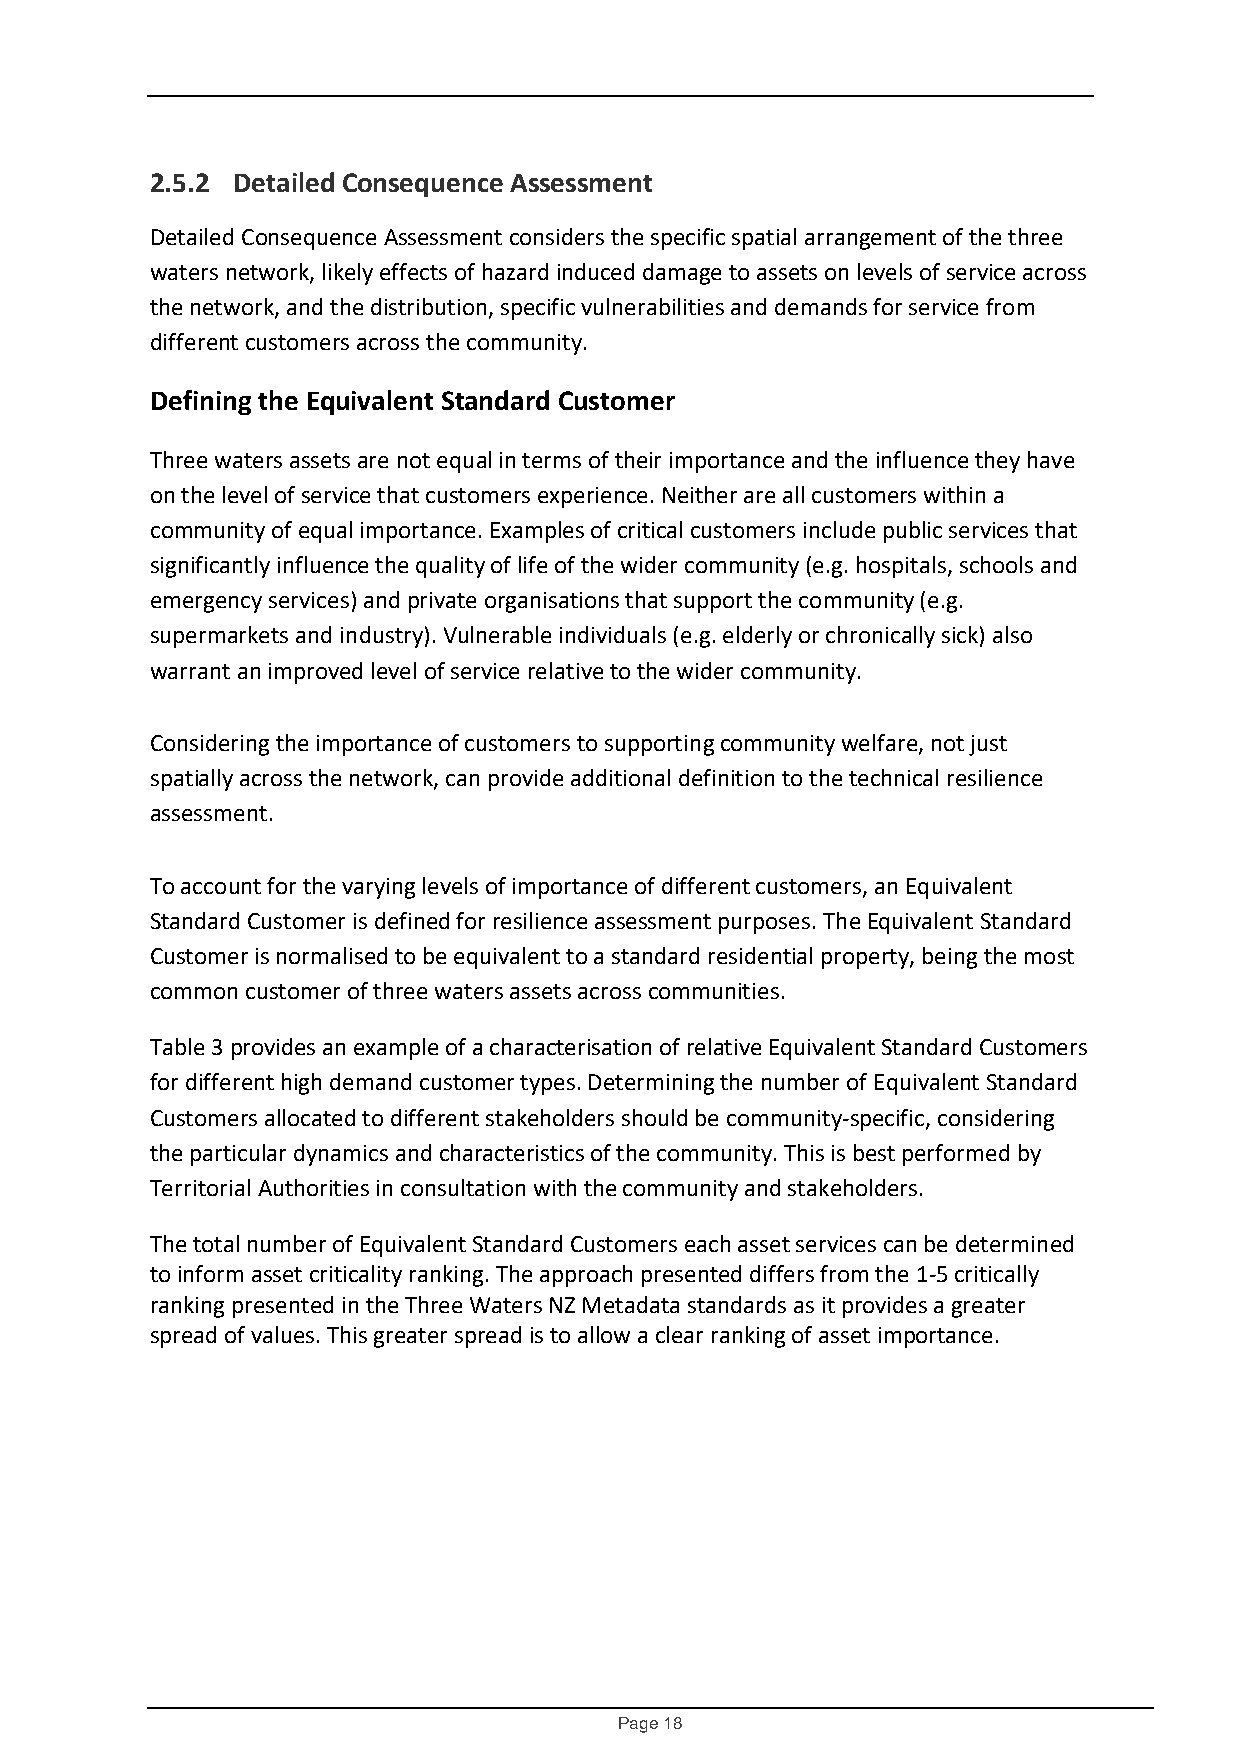
2.5.2 Detailed Consequence Assessment
 Detailed Consequence Assessment considers the specific spatial arrangement of the three
 waters network, likely effects of hazard induced damage to assets on levels of service across
 the network, and the distribution, specific vulnerabilities and demands for service from
 different customers across the community.
 Defining the Equivalent Standard Customer
 Three waters assets are not equal in terms of their importance and the influence they have
 on the level of service that customers experience. Neither are all customers within a
 community of equal importance. Examples of critical customers include public services that
 significantly influence the quality of life of the wider community (e.g. hospitals, schools and
 emergency services) and private organisations that support the community (e.g.
 supermarkets and industry). Vulnerable individuals (e.g. elderly or chronically sick) also
 warrant an improved level of service relative to the wider community.
 Considering the importance of customers to supporting community welfare, not just
 spatially across the network, can provide additional definition to the technical resilience
 assessment.
 To account for the varying levels of importance of different customers, an Equivalent
 Standard Customer is defined for resilience assessment purposes. The Equivalent Standard
 Customer is normalised to be equivalent to a standard residential property, being the most
 common customer of three waters assets across communities.
 Table 3 provides an example of a characterisation of relative Equivalent Standard Customers
 for different high demand customer types. Determining the number of Equivalent Standard
 Customers allocated to different stakeholders should be community-specific, considering
 the particular dynamics and characteristics of the community. This is best performed by
 Territorial Authorities in consultation with the community and stakeholders.
 The total number of Equivalent Standard Customers each asset services can be determined
 to inform asset criticality ranking. The approach presented differs from the 1-5 critically
 ranking presented in the Three Waters NZ Metadata standards as it provides a greater
 spread of values. This greater spread is to allow a clear ranking of asset importance.
 Page 18